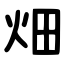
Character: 畑